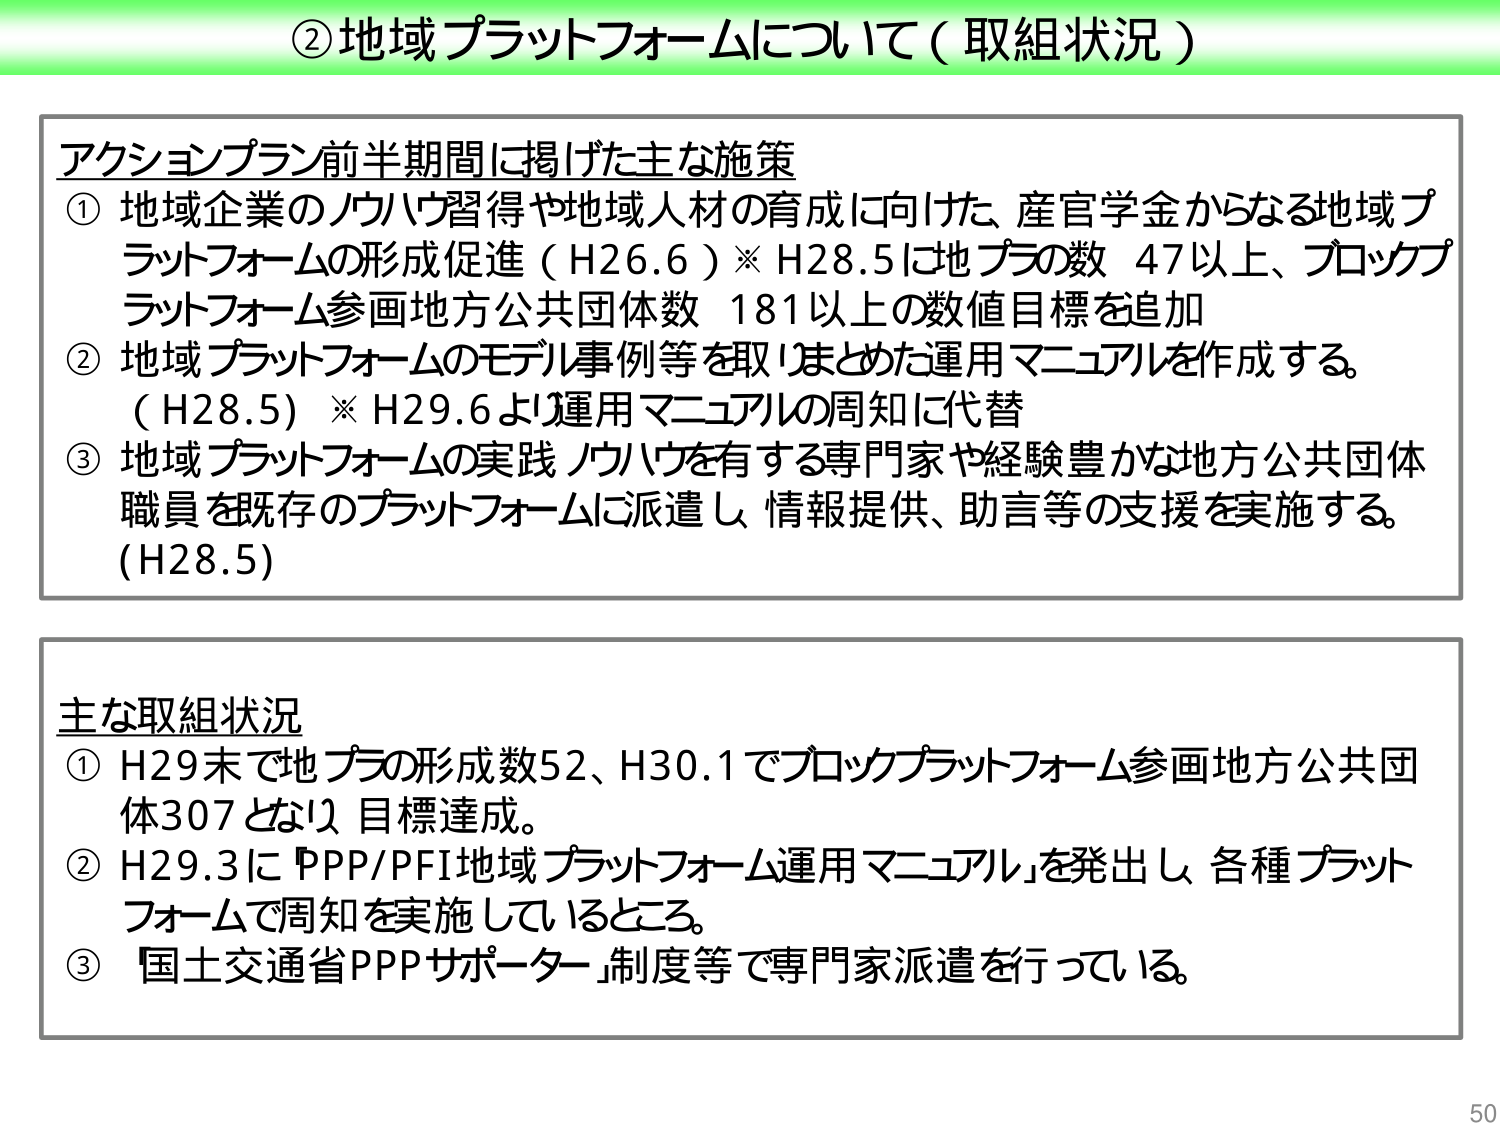
②地域プラットフォームについて（取組状況）

アクションプラン前半期間に掲げた主な施策
① 地域企業のノウハウ習得や地域人材の育成に向けた、産官学金からなる地域プラットフォームの形成促進（H26.6）※H28.5には地プラの数 47以上、ブロックプラットフォーム参画地方公共団体数 181以上の数値目標を追加
② 地域プラットフォームのモデル事例等を取まとめた運用マニュアルを作成する。（H28.5）※H29.6より運用マニュアルの周知に代替
③ 地域プラットフォームの実践ノウハウを有する専門家や経験豊かな地方公共団体職員を既存のプラットフォームに派遣し、情報提供、助言等の支援を実施する。（H28.5）

主な取組状況
① H29末で地プラの形成数52、H30.1でブロックプラットフォーム参画地方公共団体307となり、目標達成。
② H29.3に「PPP/PFI地域プラットフォーム運用マニュアル」を発出し、各種プラットフォームで周知を実施しているところ。
③ 国土交通省PPPサポーター制度等で専門家派遣を行っている。

50